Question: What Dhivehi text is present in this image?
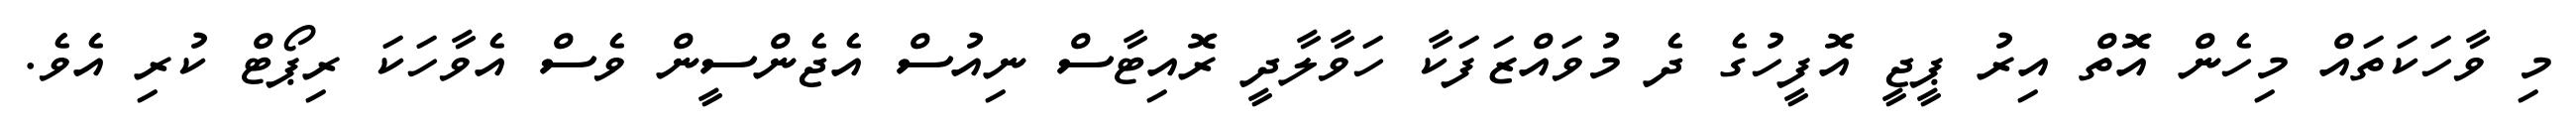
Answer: މި ވާހަކަތައް މިހެން އޮތް އިރު ޕީޖީ އޮފީހުގެ ދެ މުވައްޒަފަކާ ހަވާލާދީ ރޮއިޓާސް ނިއުސް އެޖެންސީން ވެސް އެވާހަކަ ރިޕޯޓް ކުރި އެވެ.